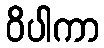
ဝိပါကာ